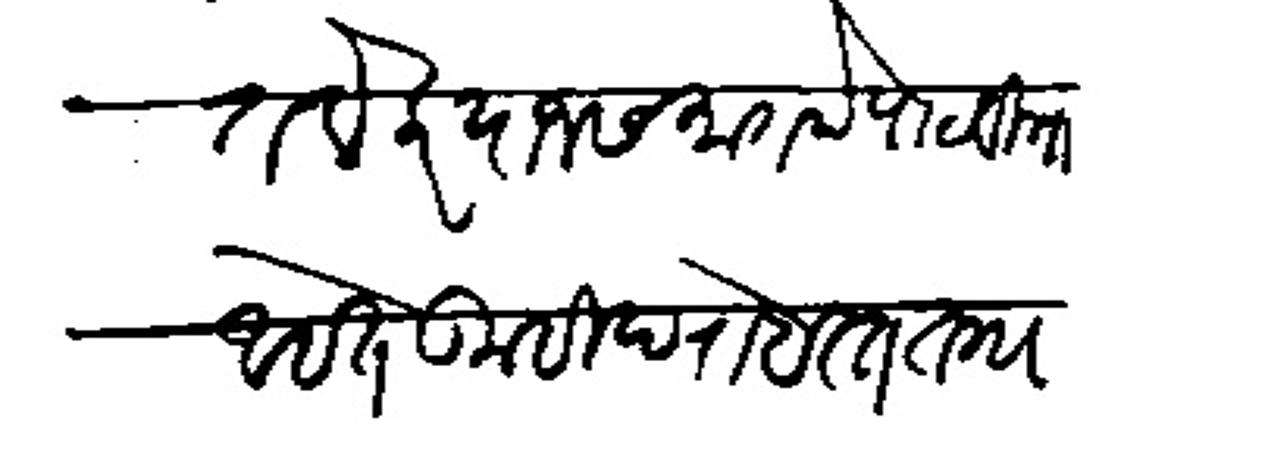
Transliteration (Devanagari): तलेकर याजसमागमे पाडविल्या आहेत तुम्ही दरोबस्त तगादा